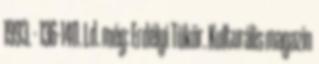
1993. - 136-140. Ld. még: Erdélyi Tükör. Kulturális magazin